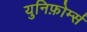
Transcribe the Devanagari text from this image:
युनिफ़ोर्म्स